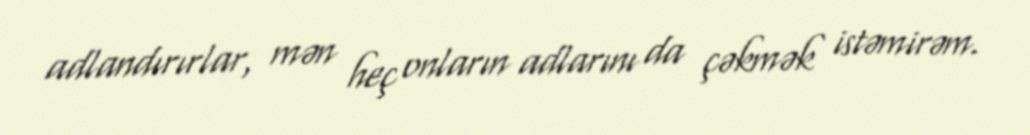
adlandırırlar, mən heç onların adlarını da çəkmək istəmirəm.